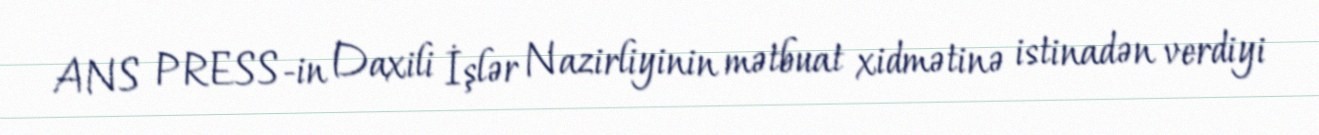
ANS PRESS-in Daxili İşlər Nazirliyinin mətbuat xidmətinə istinadən verdiyi